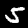
Label: 5